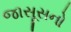
જાસૂસનો